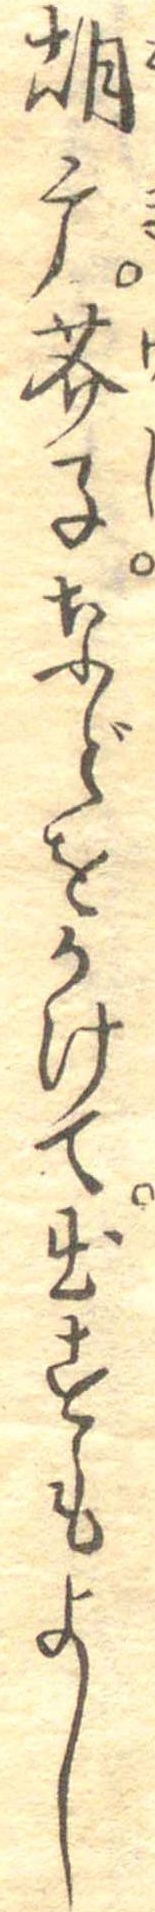
胡广芥子などをかけて出すもよし